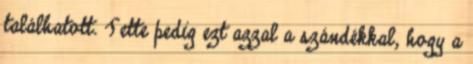
találhatott. Tette pedig ezt azzal a szándékkal, hogy a